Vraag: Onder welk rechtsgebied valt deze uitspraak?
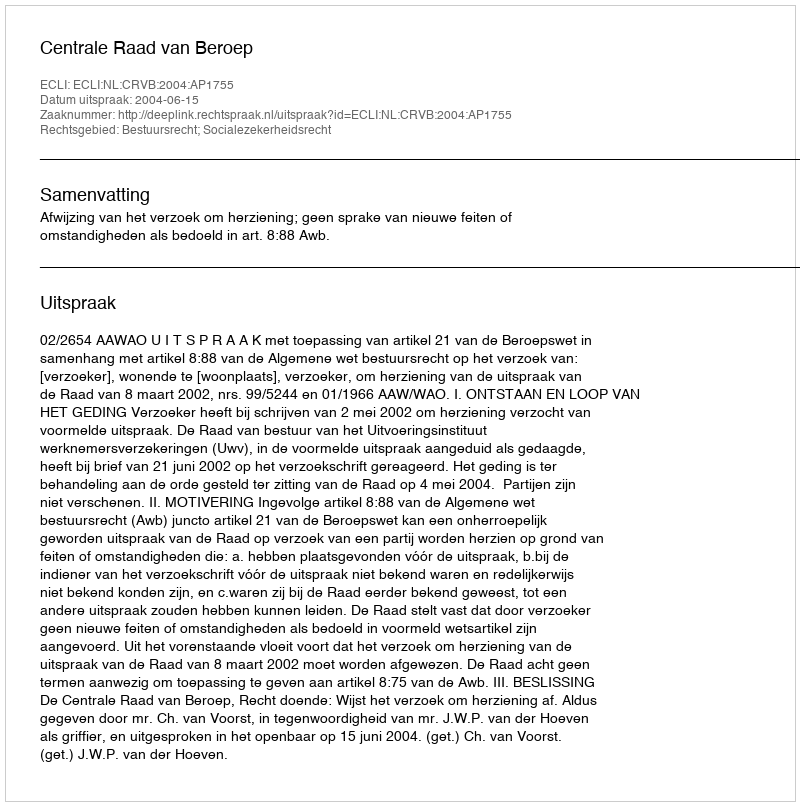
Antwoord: Bestuursrecht; Socialezekerheidsrecht